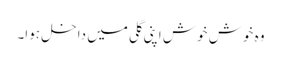
وہ خوش خوش اپنی گلی میں داخل ہوا۔